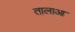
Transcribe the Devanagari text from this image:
तालाआ